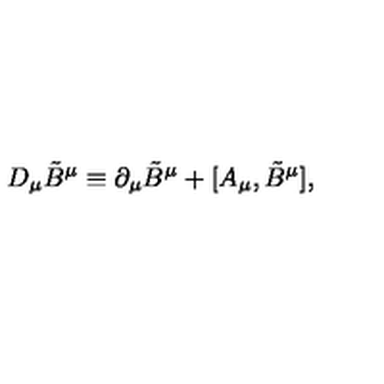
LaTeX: D _ { \mu } \tilde { B } ^ { \mu } \equiv \partial _ { \mu } \tilde { B } ^ { \mu } + [ A _ { \mu } , \tilde { B } ^ { \mu } ] ,